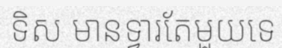
ទិស មានទ្វារតែមួយទេ